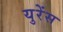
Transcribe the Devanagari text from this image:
युरेंस